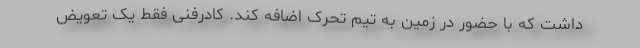
داشت که با حضور در زمین به تیم تحرک اضافه کند. کادرفنی فقط یک تعویض